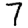
Digit: 7